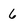
Character: 6